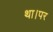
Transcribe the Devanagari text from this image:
था।पर